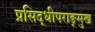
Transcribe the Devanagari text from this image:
प्रसिद्धीपराङ्‌मुख